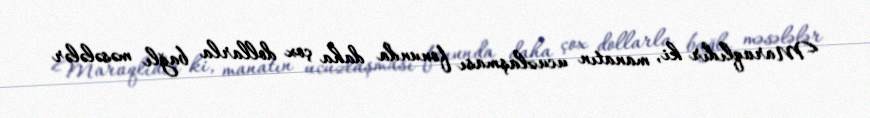
Maraqlıdır ki, manatın ucuzlaşması fonunda daha çox dollarla bağlı məsələlər